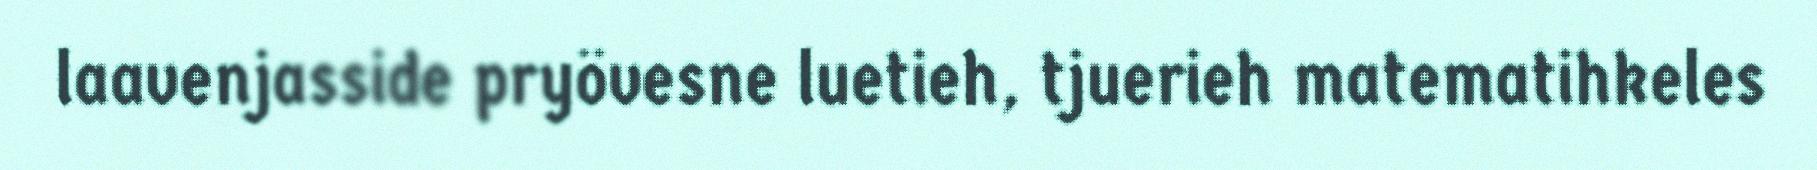
laavenjasside pryövesne luetieh, tjuerieh matematihkeles